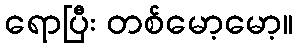
ရောပြီး တစ်မော့မော့။